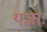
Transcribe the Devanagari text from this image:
यज्ञाः